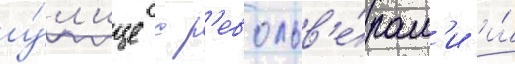
у́л'ице с р'евольв'е́рам'и и́